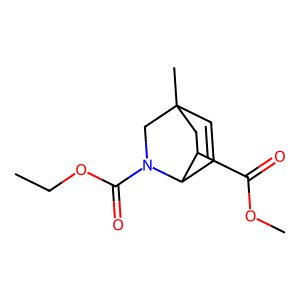
SMILES: CCOC(=O)N1CC2(C)C=CC1C(C(=O)OC)C2
Inhibits HIV replication: No